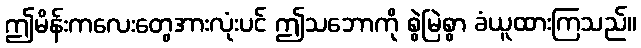
ဤမိန်းကလေးတွေအားလုံးပင် ဤသဘောကို စွဲမြဲစွာ ခံယူထားကြသည်။